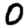
Digit: 0